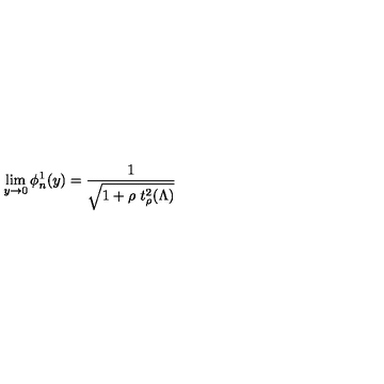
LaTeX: \lim _ { y \to 0 } \phi _ { n } ^ { 1 } ( y ) = \frac { 1 } { \sqrt { 1 + \rho \ t _ { \rho } ^ { 2 } ( \Lambda ) } }